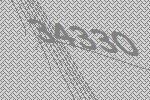
34330